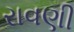
રાવણી